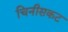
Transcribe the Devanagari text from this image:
चिनीसकट